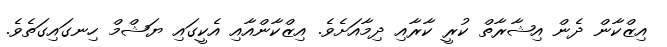
އިޒްކާން ދެން އިޝާރާތް ކުރީ ކާރާއި ދިމާއަށެވެ. އިޒްކާންއާއި އެކީގައި ޔަޝްމް ހިނގައިގަތެވެ.